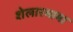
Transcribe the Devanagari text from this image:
शेलारमामा